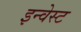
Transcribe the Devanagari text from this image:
इन्वेस्ट